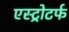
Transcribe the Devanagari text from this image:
एस्ट्रोटर्फ